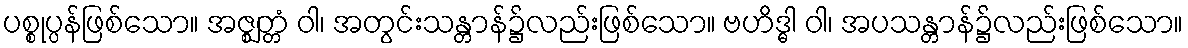
ပစ္စုပ္ပန်ဖြစ်သော။ အဇ္ဈတ္တံ ဝါ၊ အတွင်းသန္တာန်၌လည်းဖြစ်သော။ ဗဟိဒ္ဓါ ဝါ၊ အပသန္တာန်၌လည်းဖြစ်သော။